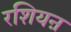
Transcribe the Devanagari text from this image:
रशियऩ